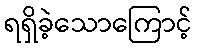
ရရှိခဲ့သောကြောင့်